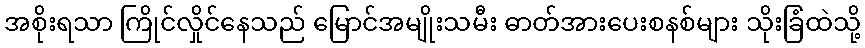
အစိုးရသာ ကြိုင်လှိုင်နေသည် မြောင်အမျိုးသမီး ဓာတ်အားပေးစနစ်များ သိုးခြံထဲသို့